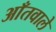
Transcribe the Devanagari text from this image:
आँतवाले